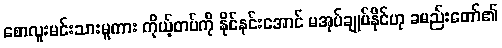
စောလူးမင်းသားမူကား ကိုယ့်တပ်ကို နိုင်နင်းအောင် မအုပ်ချုပ်နိုင်ဟု ခမည်းတော်၏